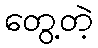
တွေ့တဲ့